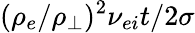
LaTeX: (\rho_{e}/\rho_{\perp})^{2}\nu_{ei}t/2\sigma